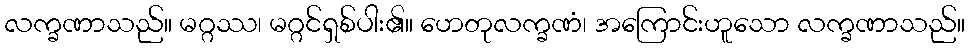
လက္ခဏာသည်။ မဂ္ဂဿ၊ မဂ္ဂင်ရှစ်ပါး၏။ ဟေတုလက္ခဏံ၊ အကြောင်းဟူသော လက္ခဏာသည်။